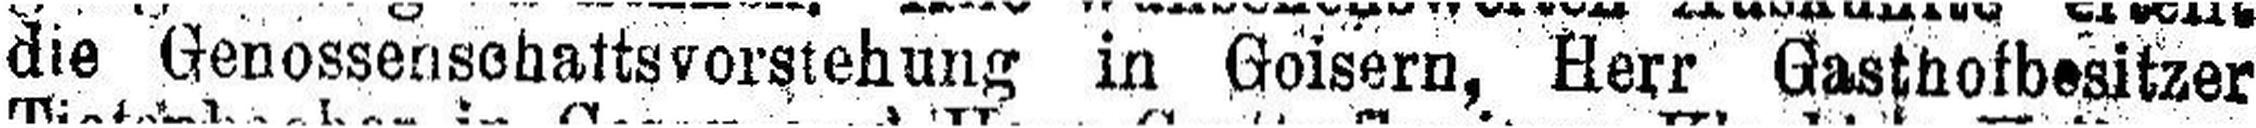
die Genossenschaftsvorstchung in Goisern, Herr Gasthotbesitzer